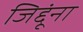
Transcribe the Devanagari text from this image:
जिद्दूंना